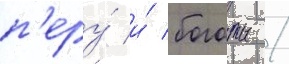
п'еру́ и́ боготы /